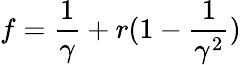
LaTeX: f=\frac{1}{\gamma}+r(1-\frac{1}{\gamma^{2}})